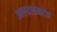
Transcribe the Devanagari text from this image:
आरतातनदेव